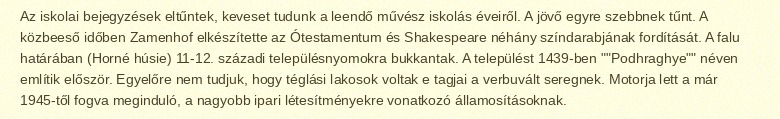
Az iskolai bejegyzések eltűntek, keveset tudunk a leendő művész iskolás éveiről. A jövő egyre szebbnek tűnt. A közbeeső időben Zamenhof elkészítette az Ótestamentum és Shakespeare néhány színdarabjának fordítását. A falu határában (Horné húsie) 11-12. századi településnyomokra bukkantak. A települést 1439-ben ""Podhraghye"" néven említik először. Egyelőre nem tudjuk, hogy téglási lakosok voltak e tagjai a verbuvált seregnek. Motorja lett a már 1945-től fogva meginduló, a nagyobb ipari létesítményekre vonatkozó államosításoknak.